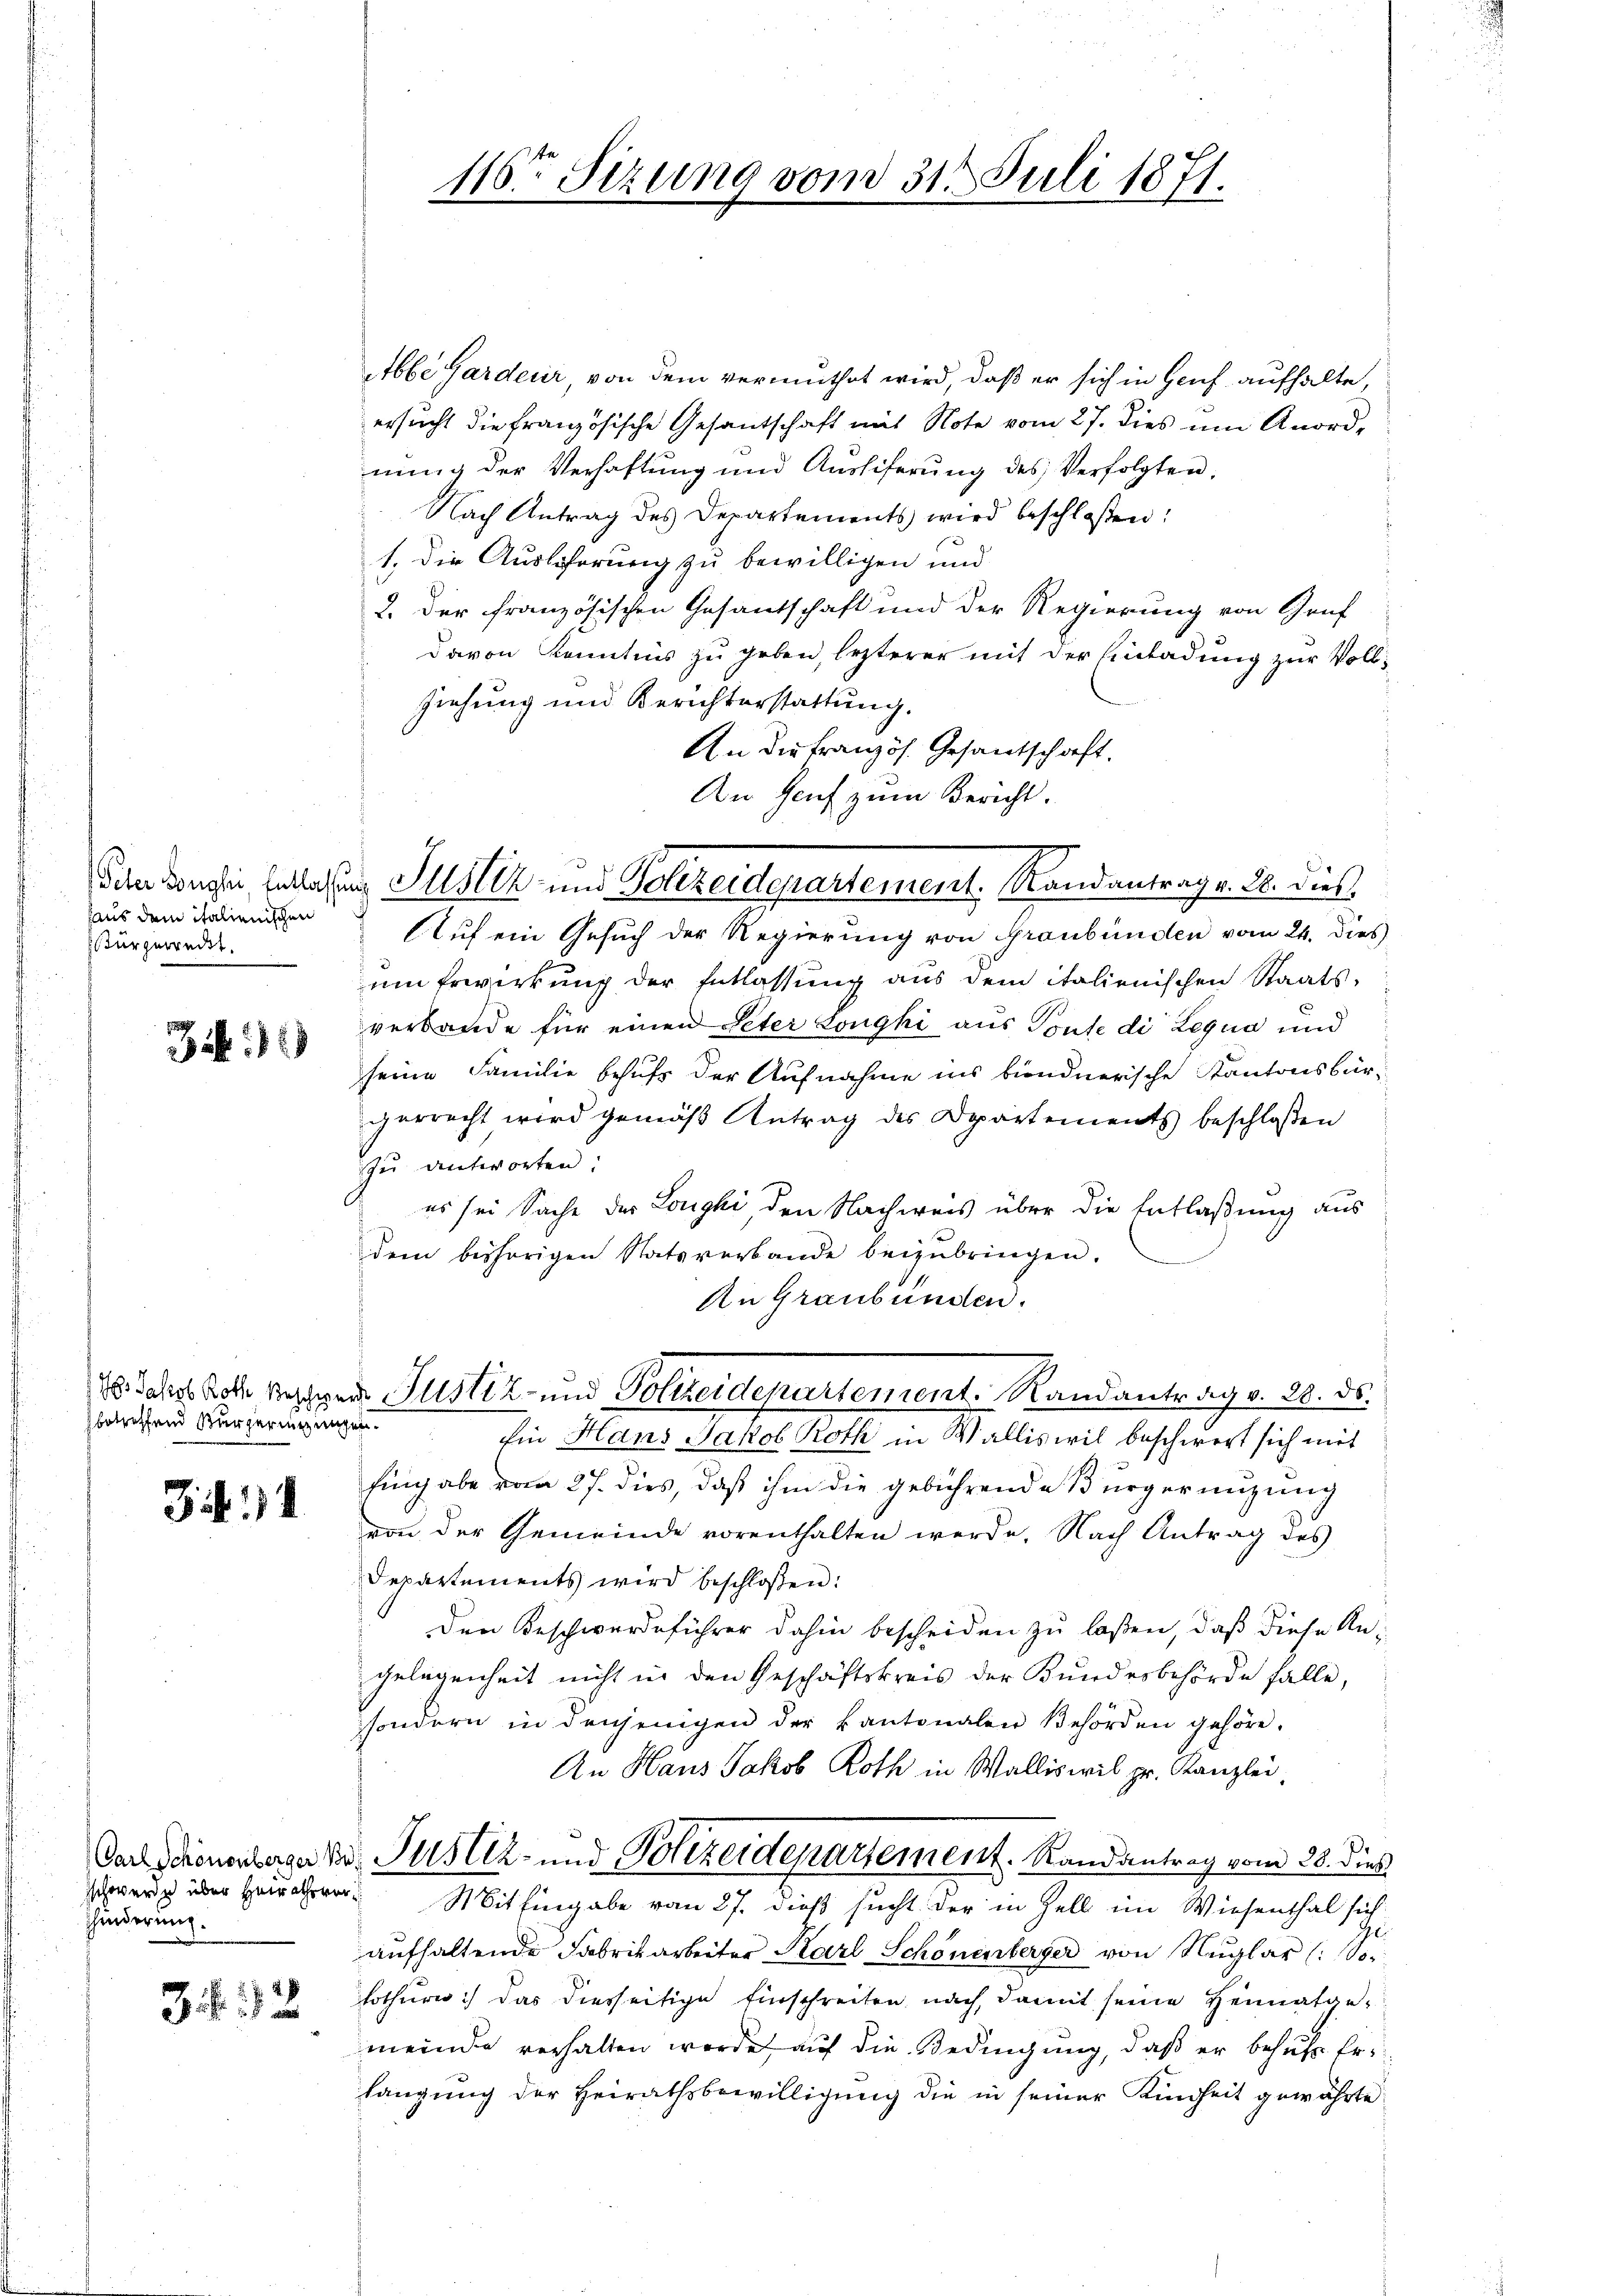
haus dem italienischen
turgerrecht.

3

betreffend Bürgerienzungen.

)

hinderung.

3 f. 2

116ten Sitzung vom 31. Juli 1871.

Abbe Gardeur, von dem vermuthet wird, daß er sich in Genf aufhalte,
ersucht die französische Gesantschaft mit Note vom 27. dies um Anordnung der Verhaftung und Ausliferung des Verfolgten.
Nach Antrag des Departements wird beschloßen:
1. Die Auslöserung zu bewilligen und
2. Der französischen Gesantschaft und der Regierung von Gruf
davon Kenntnis zu geben, lezterer mit der Einladung zur Voll¬
Ziehung und Berichterstattung.
An der Französ. Gesantschaft.
An Genf zum Bericht.
b
Auf ein Gesuch der Regierung von Graubünden vom 24. dies
um Erwirkung der Entlassung aus dem italienischen Staats-
verbande für einen Peter Longhi aus Ponte di Legua und
seine Familie behufs der Aufnahme ins bündnerische Kantonsbürgerrecht wird gemäß Antrag des Departements beschlossen
zu antworten:
es sei Sache des Longhi, den Nachweis über die Entlaßung aus
dem behörigen Statsverbande beizubringen.
An Graubünden.
28. Jahre Roth Resiger Justiz- und Polizeidepartement. Randantrag v. 20. ds.
Ein Hans Jakob Roth in Walliswil beschwert sich mit
fing abe vom 27. dies, daß ihm die gebührende Bürgernuzung
von der Gemeinde vorenthalten werde. Nach Antrag des
Departements wird beschlossen:
Den Beschwerdeführer dahin bescheiden zu laßen, daß diese An-
gelegenheit nicht in den Geschäftskreis der Bundesbehörde falle,
sondern in denjenigen der Kantonalen Behörden gehöre.
An Haus Jakob Roth in Walliswil pr. Kanzlei,
Car Schönenberge der Justiz- und Polizeidepartement. Randantrag vom 28. dieß
schwerde über Mithingabe vom 27. dieß sucht der in Zell im Wiesenthal sich
aufhaltende Fabrikarbeiter Karl Schönenberger von Nuglar (: Sei
lothurn) das diesseitige Einschreiten nach, damit seine Heimatgemeinde verhalten werde, auf die Bedingung, daß er behufs Erlangung der Heirathsbewilligung die in seiner Kindheit gewährte

Die Konsein, Entlassung Justiz und Polizeidepartement. Randantrag v. 20. dies